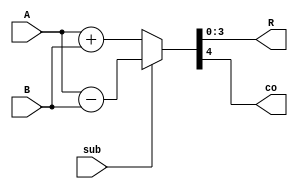
// Bruno Albertini
// Somador subtrator funcional genrico
module somasub #(
    parameter WIDTH = 4
) (
    input sub,
    input  [WIDTH-1:0] A, B,
    output [WIDTH-1:0] R,
    output co
);
    assign {co,R} = sub ? A-B : A+B;
endmodule